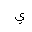
Letter: _ya